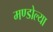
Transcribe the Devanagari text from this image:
मण्डोल्या